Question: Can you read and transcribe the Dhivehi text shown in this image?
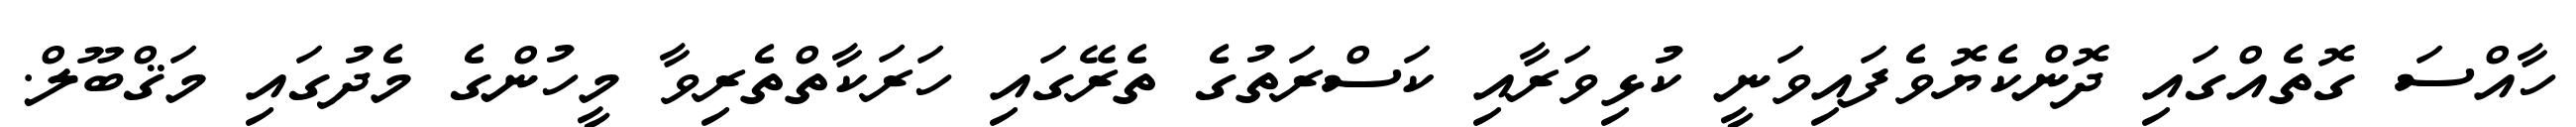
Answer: ހާއްސަ ގޮތެއްގައި ދޮންކެޔޮވެފައިވަނީ ކުޅިވަރާއި ކަސްރަތުގެ ތެރޭގައި ހަރަކާތްތެރިވާ މީހުންގެ މެދުގައި މަޤްބޫލް.